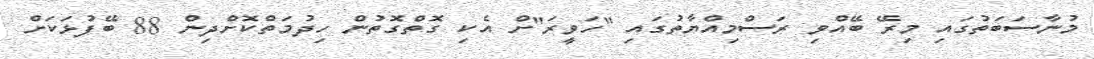
މުނާސަބަތުގައި މިރޭ ބޭއްވި ރަސްމިއްޔާތުގައި "ހަވީރަ"ށް އެކި ގޮތްގޮތުން ހިދުމަތްކޮށްދިން 88 ބޭފުޅަކަށް